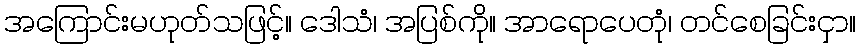
အကြောင်းမဟုတ်သဖြင့်။ ဒေါသံ၊ အပြစ်ကို။ အာရောပေတုံ၊ တင်စေခြင်းငှာ။